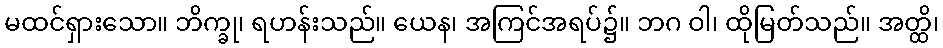
မထင်ရှားသော။ ဘိက္ခု၊ ရဟန်းသည်။ ယေန၊ အကြင်အရပ်၌။ ဘဂ ဝါ၊ ထိုမြတ်သည်။ အတ္ထိ၊